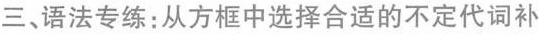
三、语法专练:从方框中选择合适的不定代词补